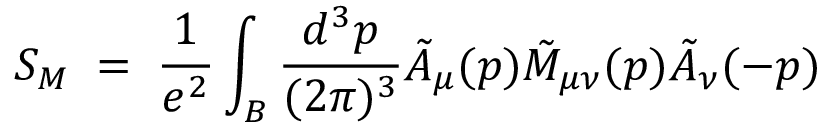
S _ { M } \; = \; { \frac { 1 } { e ^ { 2 } } } \int _ { \cal B } { \frac { d ^ { 3 } p } { ( 2 \pi ) ^ { 3 } } } { \tilde { A } } _ { \mu } ( p ) { \tilde { M } _ { \mu \nu } } ( p ) { \tilde { A } } _ { \nu } ( - p )